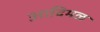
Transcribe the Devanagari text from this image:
आदिमळ